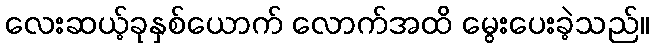
လေးဆယ့်ခုနှစ်ယောက် လောက်အထိ မွေးပေးခဲ့သည်။